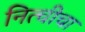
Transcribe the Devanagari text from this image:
नित्चीचा